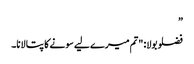
”
فضلو بولا: "تم میرے لیے سونے کا پتا لانا۔